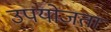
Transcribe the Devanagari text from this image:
उपयोजता